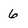
Character: 6